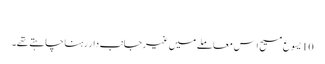
‏
10 یسوع مسیح اِس معاملے میں غیرجانب‌دار رہنا چاہتے تھے۔